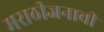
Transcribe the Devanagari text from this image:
मराठीजनाची